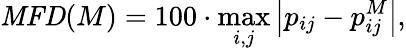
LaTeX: \mathit{MFD}(M)=100\cdot\operatorname*{max}_{i,j}\left|p_{ij}-p_{ij}^{M}\right|,